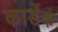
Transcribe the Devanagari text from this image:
कार्डेक